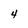
Character: 4